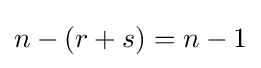
n-(r+s)=n-1